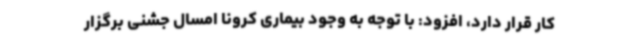
کار قرار دارد، افزود: با توجه به وجود بیماری کرونا امسال جشنی برگزار